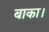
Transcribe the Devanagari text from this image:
बाका।